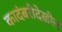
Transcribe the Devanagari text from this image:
कादंबरीदेखील